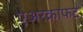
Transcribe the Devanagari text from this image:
एअरक्राफट